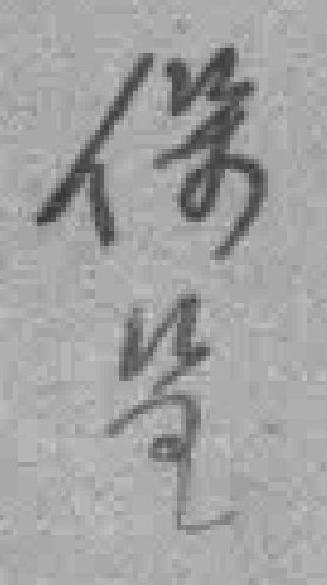
保*